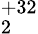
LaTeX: _{2}^{+32}